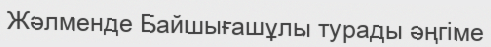
Жәлменде Байшығашұлы турады әңгіме